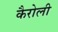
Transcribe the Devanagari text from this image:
कैरोली